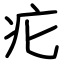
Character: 疕